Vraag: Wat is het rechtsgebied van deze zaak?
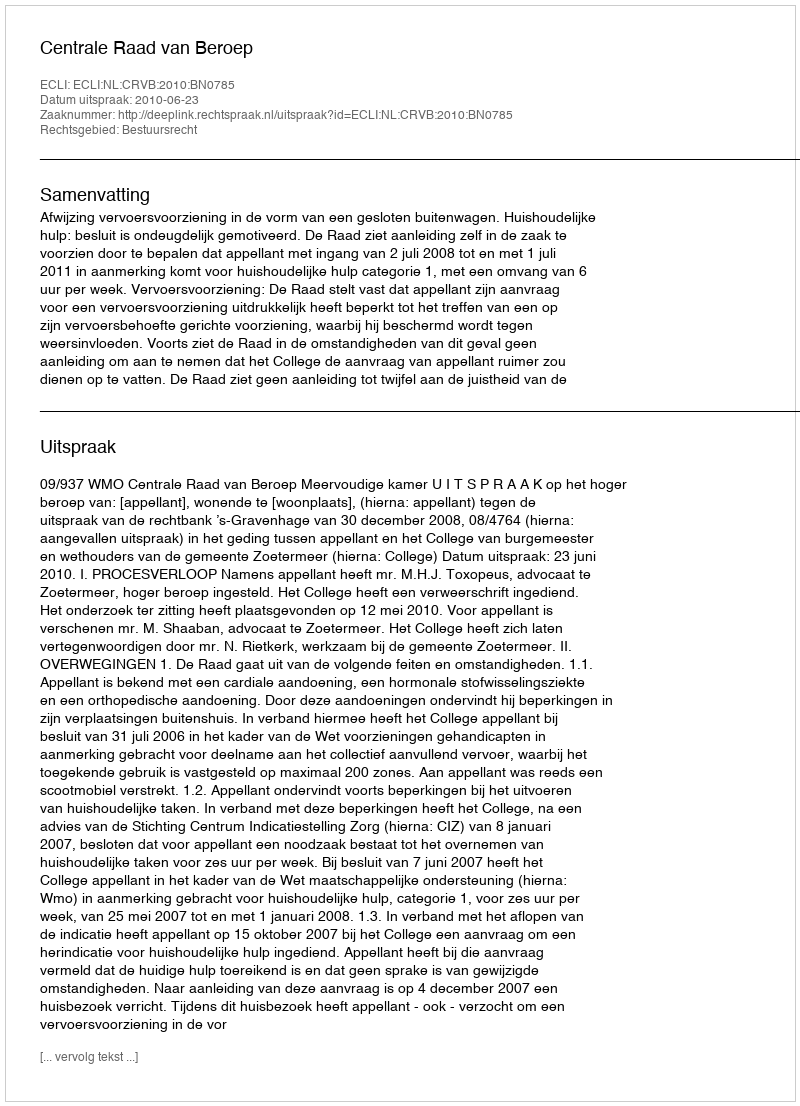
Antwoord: Bestuursrecht